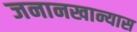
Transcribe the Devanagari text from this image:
जनानखान्यास